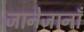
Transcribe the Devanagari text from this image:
जानेजानाँ